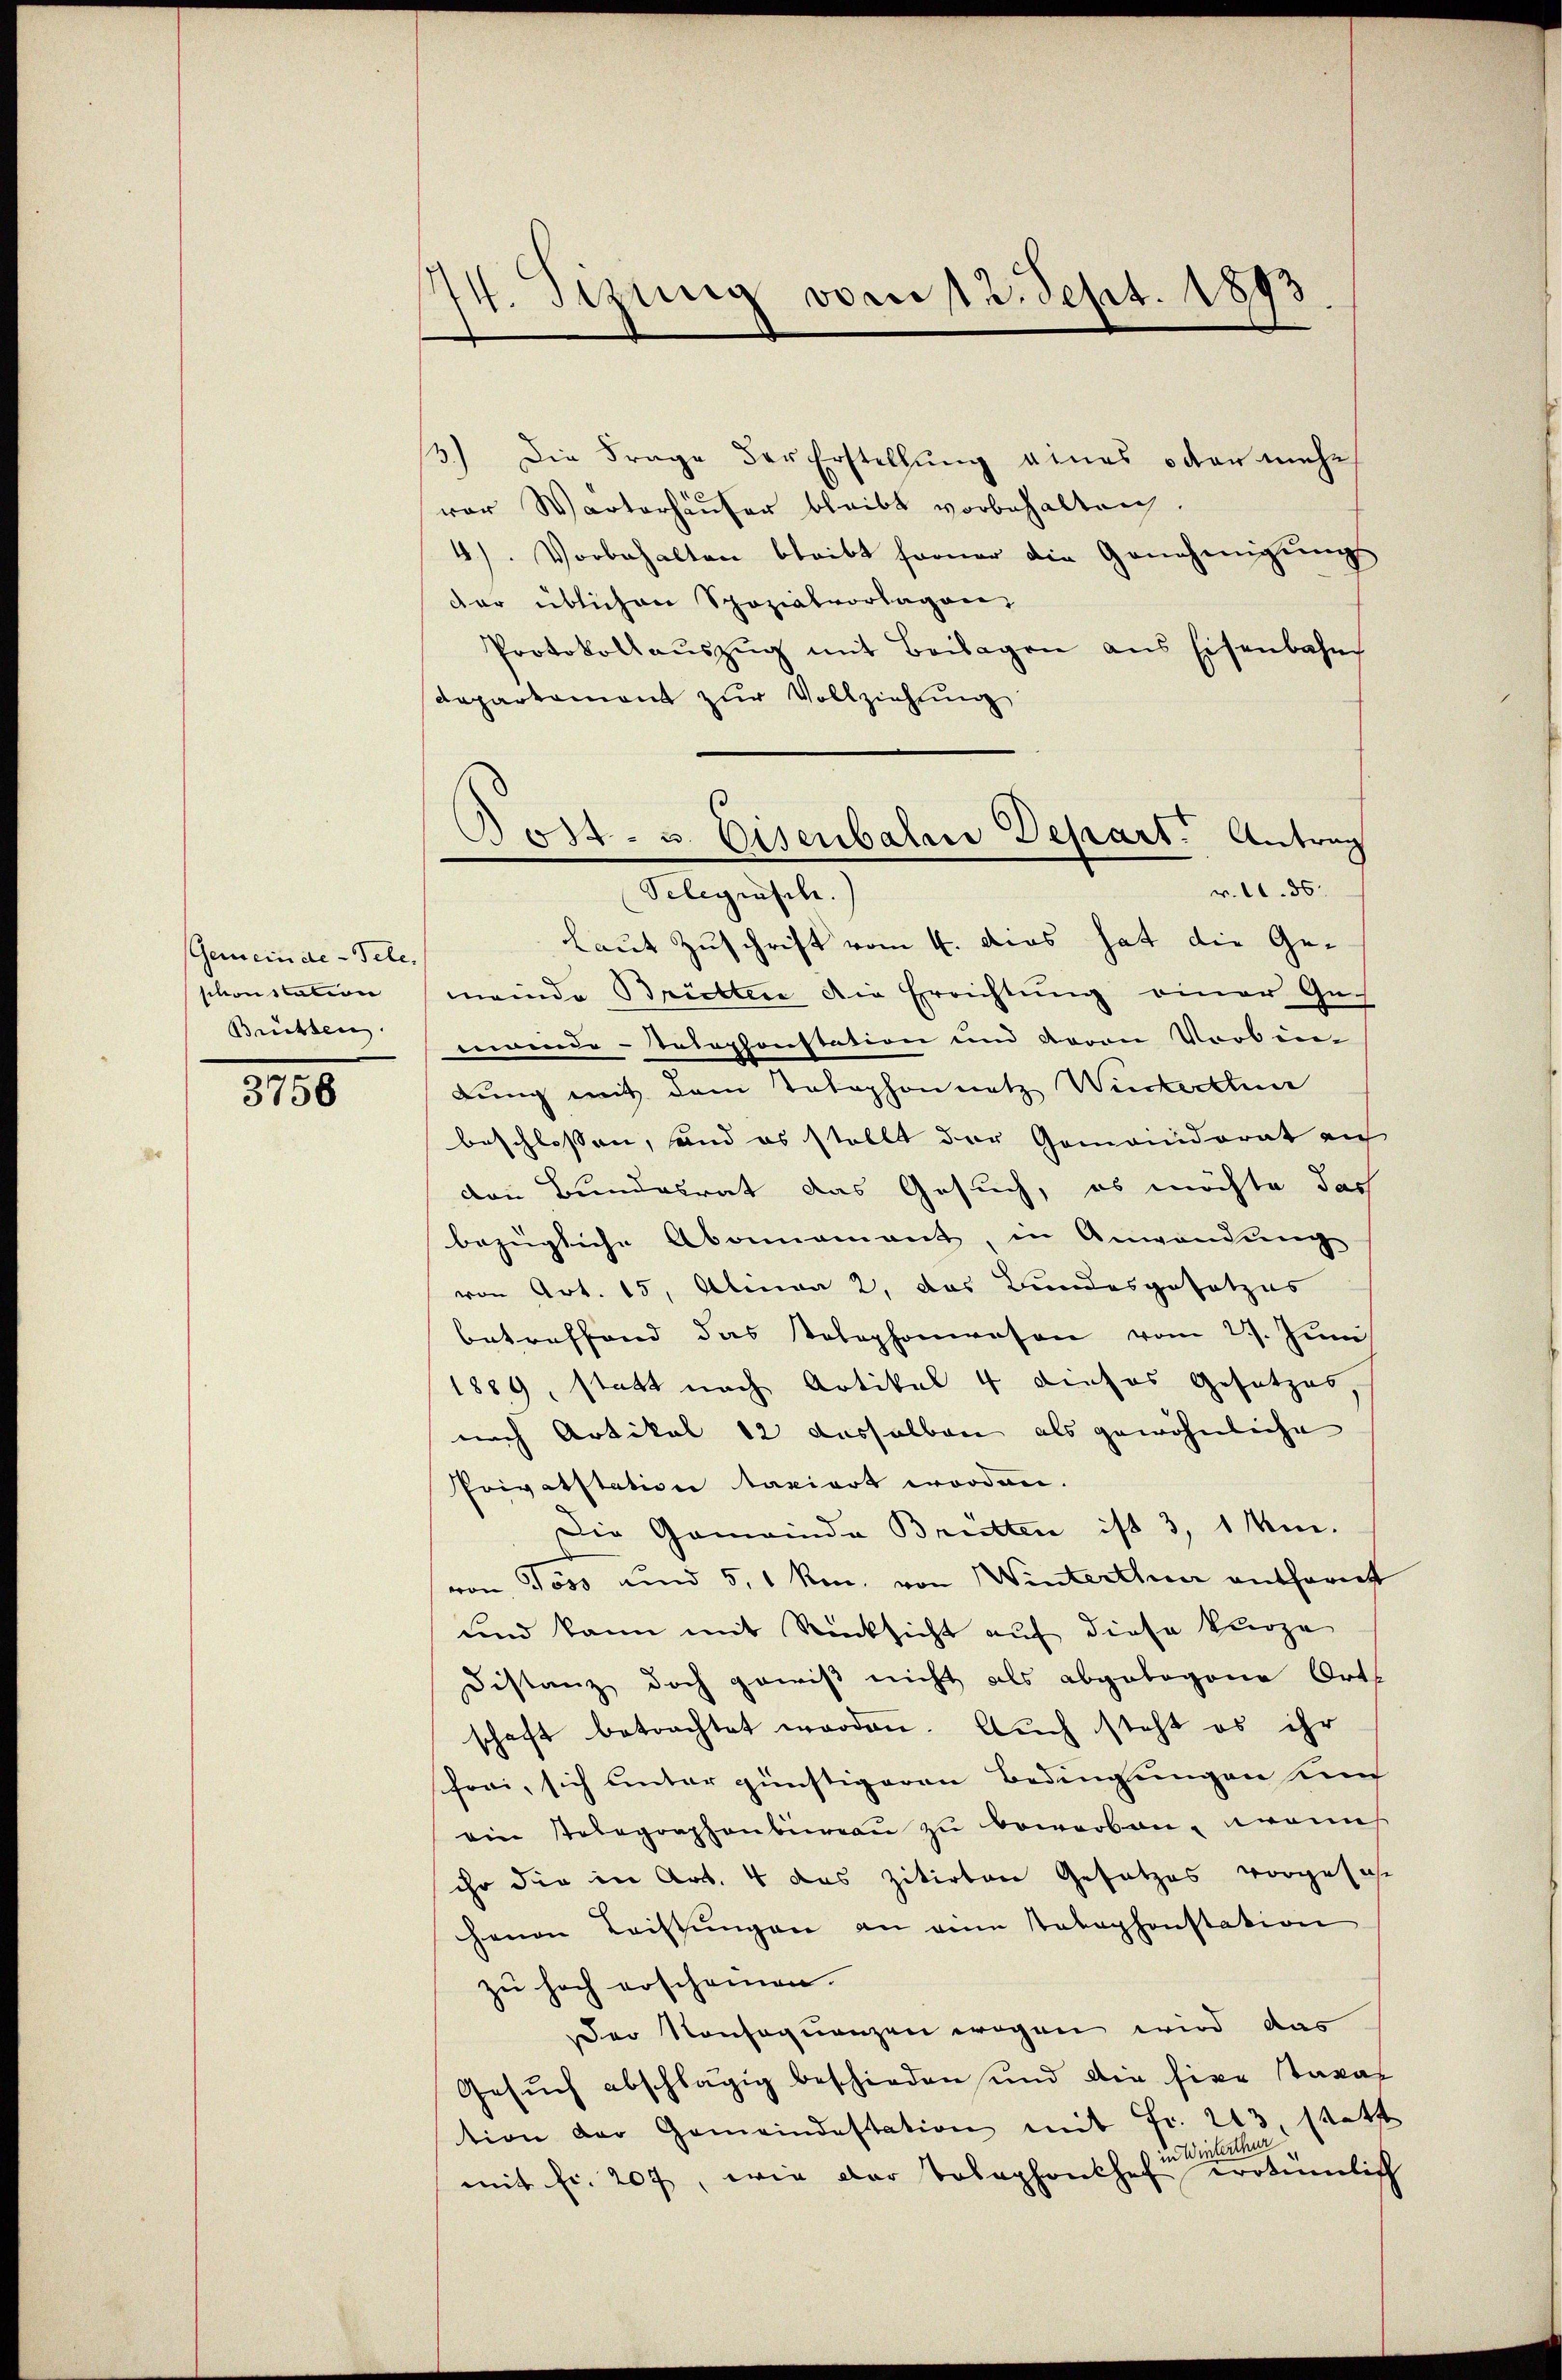
Gemeinde-Tele.
sitionscation
Brütten

3756

44. Sisia vom 12. Sept. 1893

3.) Die Frage der Erstellung eines oder mehr
vor Warterhäuser bleibt vorbehalten.
4). Vorbehalten bleibt ferner die Genehmigŭng
dar üblichen Spozialvorlagen,
Protokollaŭszŭg mit Beilagen aus Eisenbahn
Departement zur Vollziehung
Laut Zuschrift vom 4. das hat die Gemeinde Brütten die Errichtung einer Ge-
manue-Telephonstation und davon Vorben-
bung mit dem Telephonnetz Winterthur
beschlossen, sind es stellt der Gemeindrat an
den Bundesrat das Gesuch, es möchte doch
bezügliche Abomamant, in Anwendŭng
von Art. 15, Alinea 2. das Bundesgesetzes
betreffend das Telephonwesen vom 27. Juni
1889, statt nach Artikal 4 dieses Gesetzes
nach Artikel 12 desselben als gewöhnliche
Privatstation taxiert worden.
Die Gemeinda Bretten ist 3, 1 Min.
von, Toss und 5, 1 Ro. von Winterthue entfernt
und kann mit Rücksicht auf diese kurze
Distanz doch gewiß nicht als abgebogene Orts
schaft betrachtet worden. Auch steht es ihr
frei, sich unter günstigeren Bedingungen und
ein Telegraphenbüreau zu beworben, wonach
ihr die in Art. 4 das zitirten Gesetzes vorgesehe
henen Leistungen an eine tabephonstation
zu hoch erscheinen.
Der Konsequenzen wegen wird das
Gesŭch abschlägig beschieden und die hier taxat
tion der Gemeindestation mit Fr. 213, statt
in Winterthur
mit fr. 207, wie der Telephonshof erotümlich

Post- u. Eisenbalni Depart. Antrag
v. l. 86.
Megeiste